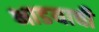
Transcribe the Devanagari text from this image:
भाडयाची